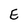
Character: E